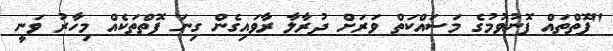
"ފޮތްތައް ފޮނުވުމުގެ މަސައްކަތް ވަރަށް ދުރާލާ ރާވައިގެން ގިނަ ފޮތްތަކެއް މިހާރު ވަނީ